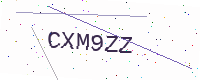
Text: CXM9ZZ